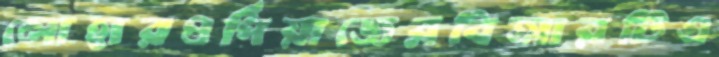
লোহারওপিঁয়াজেরবিআরটিএ